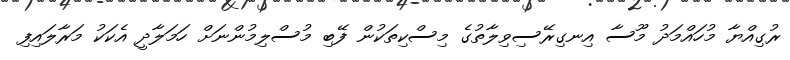
ރުގިއްޔާ މުހައްމަދު މޫސާ އިނގިރޭސިވިލާތުގެ މިސްކިތަކުން ފޭބި މުސްލިމުންނަށް ހަމަލާދީ އެކަކު މަރާލައިފި